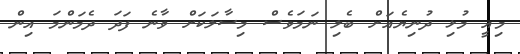
މިއީ މުޅި ދުނިޔެއަށް ބެލި ނަމަވެސް މިސާލަކަށް ވާނެ ފަދަ ދެމަންމަ އިން